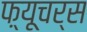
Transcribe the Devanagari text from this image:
फ़्यूचर्स